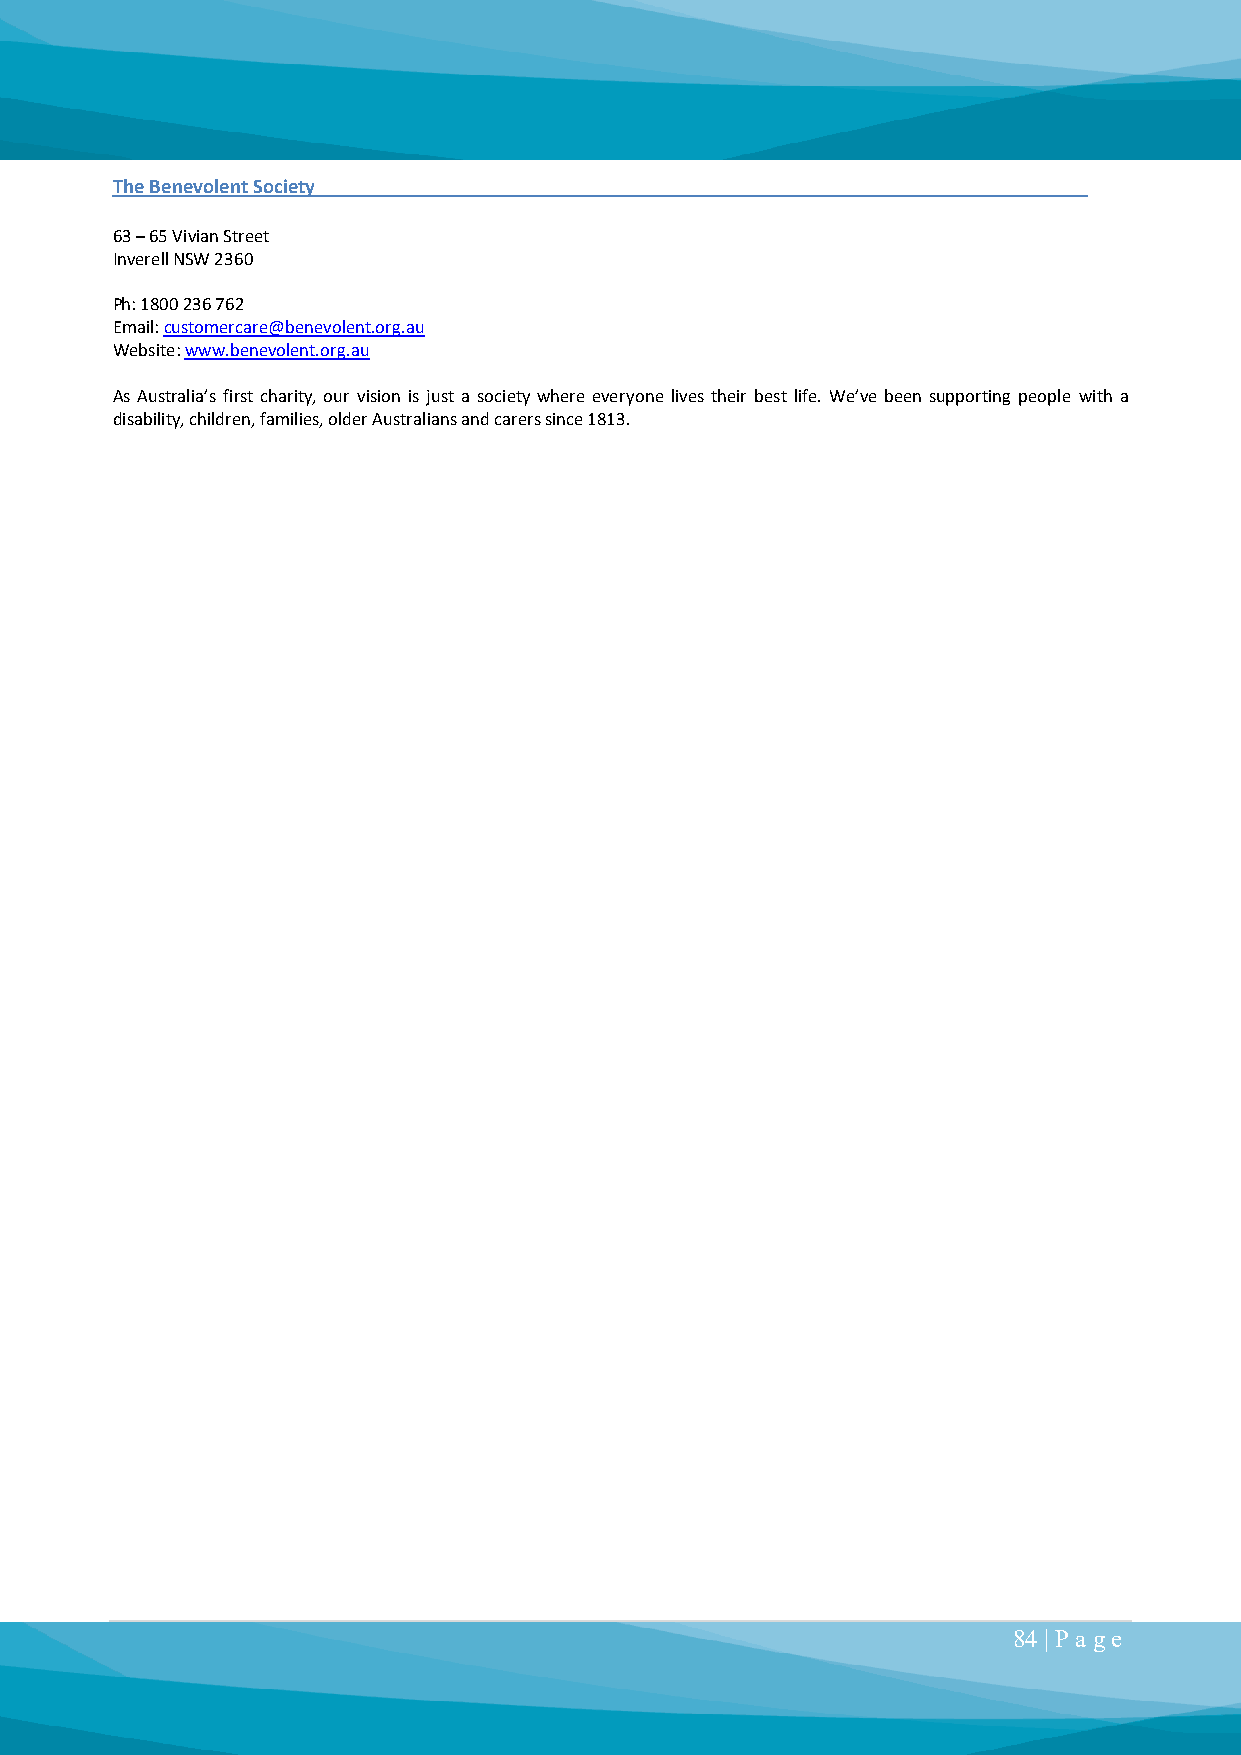
The Benevolent Society
 63 – 65 Vivian Street
 Inverell NSW 2360
 Ph: 1800 236 762
 Email: customercare@benevolent.org.au
 Website: www.benevolent.org.au
 As Australia’s first charity, our vision is just a society where everyone lives their best life. We’ve been supporting people with a
 disability, children, families, older Australians and carers since 1813.
 84 | P a ge